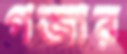
গজার